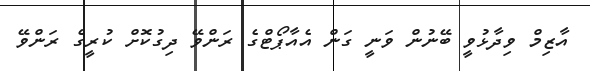
އާޒިމް ވިދާޅުވީ ބޭނުން ވަނީ ގަން އެއާޕޯޓްގެ ރަންވޭ ދިގުކޮށް ކުރީގެ ރަންވޭ